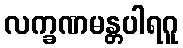
လက္ခဏမန္တပါရဂူ